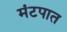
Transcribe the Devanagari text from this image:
मंटपात